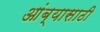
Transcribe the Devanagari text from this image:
आंब्यासाठी